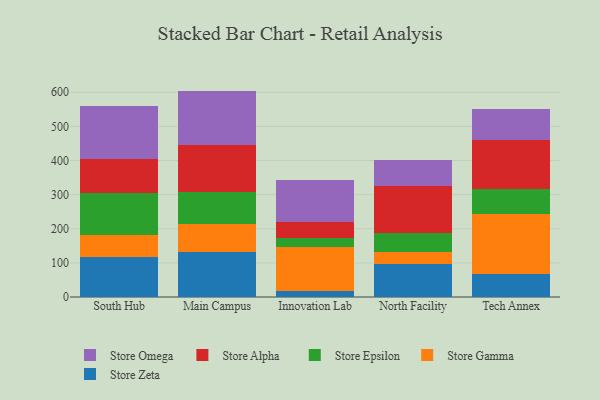
{"axis": {"x": "Campus", "y": "LTV (USD)"}, "legend": ["Store Alpha", "Store Epsilon", "Store Gamma", "Store Omega", "Store Zeta"], "data": [{"x": "South Hub", "y": 117.7, "type": "Store Zeta"}, {"x": "South Hub", "y": 62.6, "type": "Store Gamma"}, {"x": "South Hub", "y": 125.9, "type": "Store Epsilon"}, {"x": "South Hub", "y": 98.9, "type": "Store Alpha"}, {"x": "South Hub", "y": 153.8, "type": "Store Omega"}, {"x": "Main Campus", "y": 131.5, "type": "Store Zeta"}, {"x": "Main Campus", "y": 83.2, "type": "Store Gamma"}, {"x": "Main Campus", "y": 92.3, "type": "Store Epsilon"}, {"x": "Main Campus", "y": 137.7, "type": "Store Alpha"}, {"x": "Main Campus", "y": 159.5, "type": "Store Omega"}, {"x": "Innovation Lab", "y": 17.2, "type": "Store Zeta"}, {"x": "Innovation Lab", "y": 128.7, "type": "Store Gamma"}, {"x": "Innovation Lab", "y": 27.7, "type": "Store Epsilon"}, {"x": "Innovation Lab", "y": 45.2, "type": "Store Alpha"}, {"x": "Innovation Lab", "y": 125.2, "type": "Store Omega"}, {"x": "North Facility", "y": 97.6, "type": "Store Zeta"}, {"x": "North Facility", "y": 34.0, "type": "Store Gamma"}, {"x": "North Facility", "y": 57.1, "type": "Store Epsilon"}, {"x": "North Facility", "y": 137.2, "type": "Store Alpha"}, {"x": "North Facility", "y": 76.7, "type": "Store Omega"}, {"x": "Tech Annex", "y": 66.6, "type": "Store Zeta"}, {"x": "Tech Annex", "y": 175.8, "type": "Store Gamma"}, {"x": "Tech Annex", "y": 74.5, "type": "Store Epsilon"}, {"x": "Tech Annex", "y": 143.6, "type": "Store Alpha"}, {"x": "Tech Annex", "y": 90.7, "type": "Store Omega"}]}